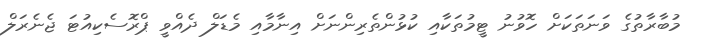
މުބާރާތުގެ ވަނަތަކަށް ހޮވުނު ޓީމުތަކާއި ކުޅުންތެރިންނަށް އިނާމާއި މެޑަލް ދެއްވީ ޕްރޮސެކިއުޓަ ޖެނެރަލް